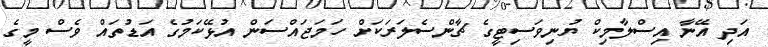
އަދި އޭނާ އިސްލާމިކް ޔުނިވަސިޓީގެ ޗާންސެލަރަކަށް ހަމަޖައްސަން އުޅޭކަމުގެ އަޑުތައް ވެސް މީގެ